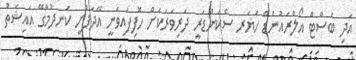
އަދި ބެސްޓް އޯލްރައުންޑް ހަޔަރ ސެކަންޑަރީ ދަރިވަރަކަށް ހޮފިފައިވަނީ އޭދަފުށީ ކަނދުމާގޭ އައިޝަތު